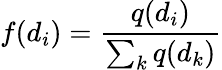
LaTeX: f(d_{i})=\frac{q(d_{i})}{\sum_{k}q(d_{k})}